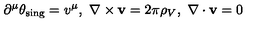
\partial ^ { \mu } \theta _ { \mathrm { s i n g } } = v ^ { \mu } , \ \nabla \times { \bf v } = 2 \pi \rho _ { V } , \ \nabla \cdot { \bf v } = 0